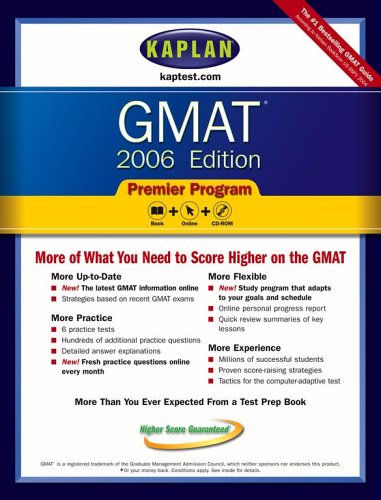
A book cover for Kaplan GMAT 2006, Premier Program (Kaplan GMAT Premier Program (w/CD)); Kaplan; Test Preparation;